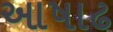
આષાઢ